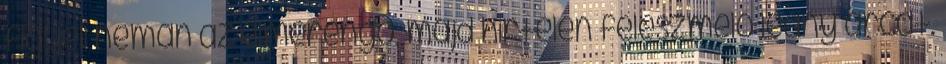
figyeli némán az elmerengő, majd hirtelen feleszmélő leány arcát.